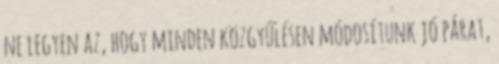
ne legyen az, hogy minden közgyűlésen módosítunk jó párat,